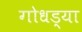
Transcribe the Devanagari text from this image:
गोधड्या